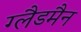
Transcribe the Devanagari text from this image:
ग्लैडमैन